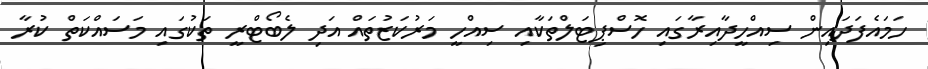
ހަމައެފަދައިން ސިއްހީދާއިރާގައި ހޮސްޕިޓަލްތަކާއި ސިއްހީ މަރުކަޒުތައް އަދި ލެބޯޓްރީ ތަކުގައި މަސައްކަތް ކުރާ